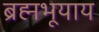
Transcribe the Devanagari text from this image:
ब्रह्मभूयाय